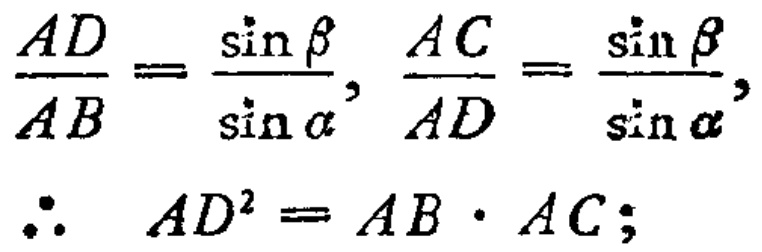
\[\frac{AD}{AB}=\frac{\sin\beta}{\sin\alpha},\ \frac{AC}{AD}=\frac{\sin\beta}{\sin\alpha},\\
\therefore\ AD^{2}=AB\cdot AC;\]